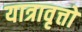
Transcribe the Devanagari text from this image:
यात्रावृत्तों